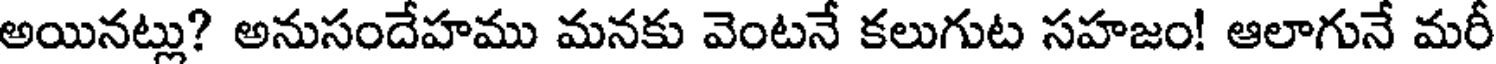
అయినట్లు? అనుసందేహము మనకు వెంటనే కలుగుట సహజం! ఆలాగునే మరీ